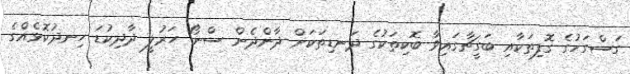
ގަސްގަހުގެ ގޮފިތަކާއި ބަގީޗާގައިވާ ބޮކިތަކުގެ ދަނޑިތަކަށް ދާންދެން ސްނޯ ހަރުލީ ދާދިކުޑަ ހިނދުކޮޅެއްގެ